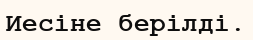
Иесіне берілді.